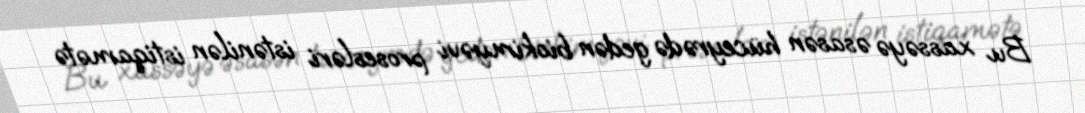
Bu xassəyə əsasən hüceyrədə gedən biokimyəvi prosesləri istənilən istiqamətə